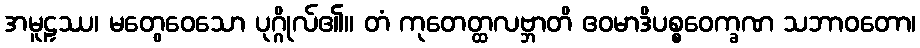
အမူဠှဿ၊ မတွေဝေသော ပုဂ္ဂိုလ်၏။ တံ ကုတေတ္ထလဗ္ဘာတိ ဧဝမာဒိပစ္စဝေက္ခဏ သဘာဝတော၊